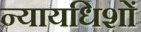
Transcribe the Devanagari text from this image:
न्यायधिशों